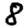
Digit: 8